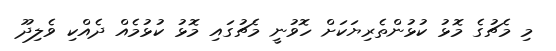
މި މެޗުގެ މޮޅު ކުޅުންތެރިޔަކަށް ހޮވުނީ މެޗުގައި މޮޅު ކުޅުމެއް ދެއްކި ވެލިދޫ